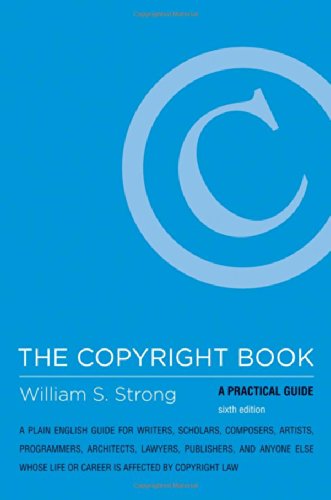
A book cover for The Copyright Book: A Practical Guide; William S. Strong; Law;